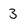
Character: 3